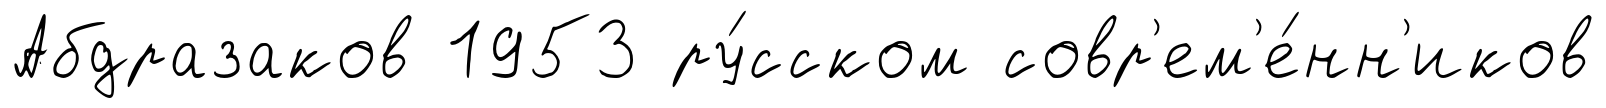
Абдразаков 1953 ру́сском совр'ем'е́нн'иков